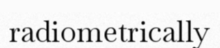
radiometrically